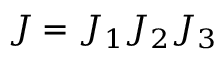
J = J _ { 1 } J _ { 2 } J _ { 3 }